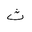
Letter: _tha